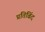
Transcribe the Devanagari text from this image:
प्रतिबिंद